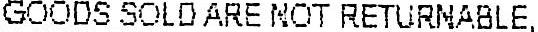
GOODS SOLD ARE NOT RETURNABLE,